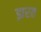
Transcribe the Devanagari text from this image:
झरत